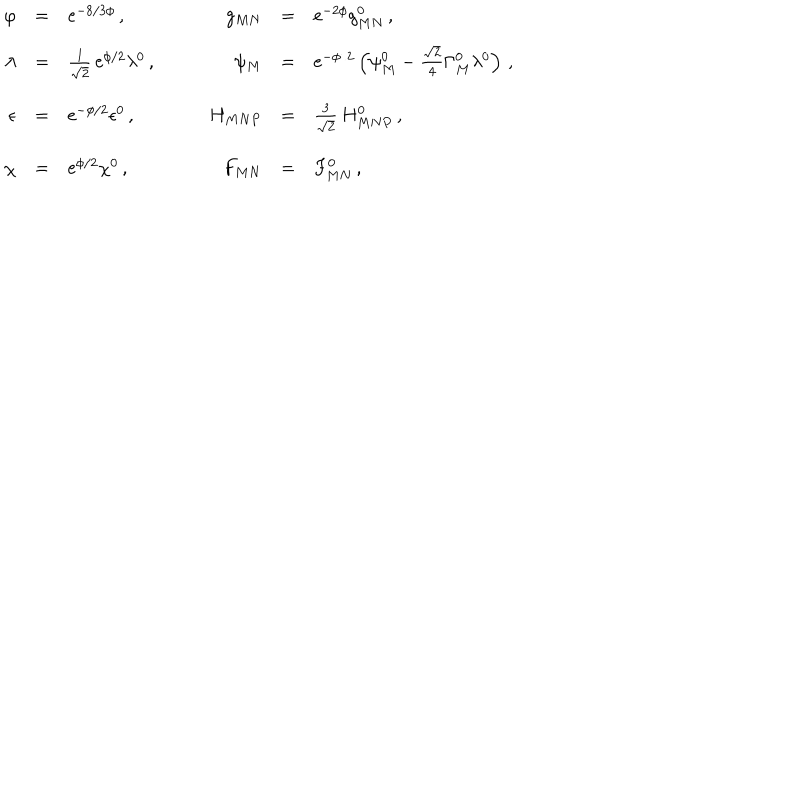
LaTeX: \begin{array} { r c l c r c l } { { \varphi } } & { { = } } & { { \mathrm { e } ^ { - 8 / 3 \phi } \, , } } & { { \quad } } & { { g _ { M N } } } & { { = } } & { { \mathrm { e } ^ { - 2 \phi } g _ { M N } ^ { 0 } \, , } } \\ { { \lambda } } & { { = } } & { { \frac { 1 } { \sqrt 2 } \, \mathrm { e } ^ { \phi / 2 } \lambda ^ { 0 } \, , } } & { { \quad } } & { { \psi _ { M } } } & { { = } } & { { \mathrm { e } ^ { - \phi / 2 } \left( \psi _ { M } ^ { 0 } - \frac { \sqrt { 2 } } { 4 } \Gamma _ { M } ^ { 0 } \lambda ^ { 0 } \right) \, , } } \\ { { \epsilon } } & { { = } } & { { \mathrm { e } ^ { - \phi / 2 } \epsilon ^ { 0 } \, , } } & { { \quad } } & { { H _ { M N P } } } & { { = } } & { { \frac { 3 } { \sqrt 2 } \, H _ { M N P } ^ { 0 } \, , } } \\ { { \chi } } & { { = } } & { { \mathrm { e } ^ { \phi / 2 } \chi ^ { 0 } \, , } } & { { \quad } } & { { F _ { M N } } } & { { = } } & { { F _ { M N } ^ { 0 } \, , } } \\ \end{array}